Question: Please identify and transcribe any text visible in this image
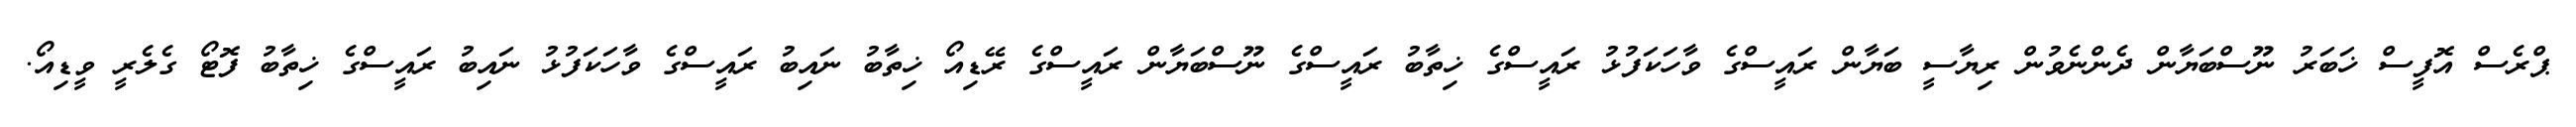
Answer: ޕްރެސް އޮފީސް ޚަބަރު ނޫސްބަޔާން ދެންނެވުން ރިޔާސީ ބަޔާން ރައީސްގެ ވާހަކަފުޅު ރައީސްގެ ޚިތާބު ރައީސްގެ ނޫސްބަޔާން ރައީސްގެ ރޭޑިއޯ ޚިތާބު ނައިބު ރައީސްގެ ވާހަކަފުޅު ނައިބު ރައީސްގެ ޚިތާބު ފޮޓޯ ގެލެރީ ވީޑިއޯ.